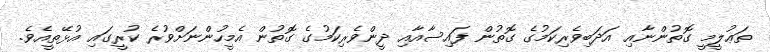
ތަޢުލީމީ ގޮތުންނާއި އަދަބިވެރިކަމުގެ ގޮތުން ފައިސާއާއި ދީންވެރިކަމުގެ ގޮތުން އެމީހުންނަށްވުރެ ކުރީގައި އުޅޭތީއެވެ.